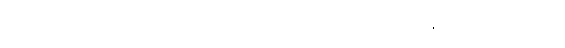
သည်တော့ ဘဝတစ်ခုစပြီး တစ်အိုးတစ်အိမ် ထူထောင်သင့်ပြီပေါ့။